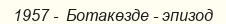
1957 -  Ботакөзде - эпизод